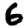
Digit: 6